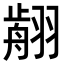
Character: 𦑳